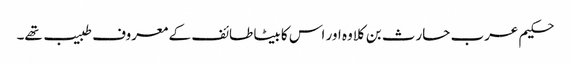
حکیم عرب حارث بن کلاوہ اور اس کا بیٹا طائف کے معروف طبیب تھے۔